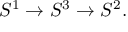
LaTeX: S ^ { 1 } \to S ^ { 3 } \to S ^ { 2 } .